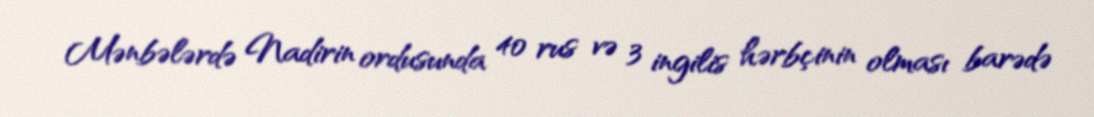
Mənbələrdə Nadirin ordusunda 40 rus və 3 ingilis hərbçinin olması barədə